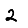
Digit: 2